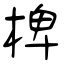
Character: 椑